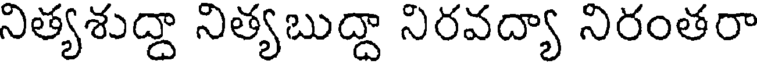
నిత్యశుద్దా నిత్యబుద్దా నిరవద్యా నిరంతరా